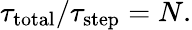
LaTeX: \tau_{\mathrm{total}}/\tau_{\mathrm{step}}=N.